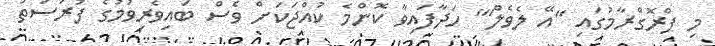
މި ޕްރޮގްރާމުގައި "އޭ ލެވެލް'" ހަދާފައިވާ ކޮންމެ ކުއްޖަކަށް ވެސް ބައިވެރިވުމުގެ ފުރުސަތު